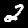
Label: 2